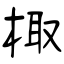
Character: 棷